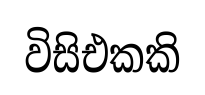
විසිඑකකි